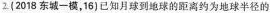
2(2018东城一模，16)已知月球到地球的距离约为地球半径的